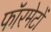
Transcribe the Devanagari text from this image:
फॉरमेटों